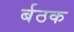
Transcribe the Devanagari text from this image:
र्बठक